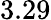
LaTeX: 3.29